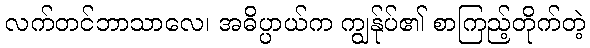
လက်တင်ဘာသာလေ၊ အဓိပ္ပာယ်က ကျွန်ုပ်၏ စာကြည့်တိုက်တဲ့